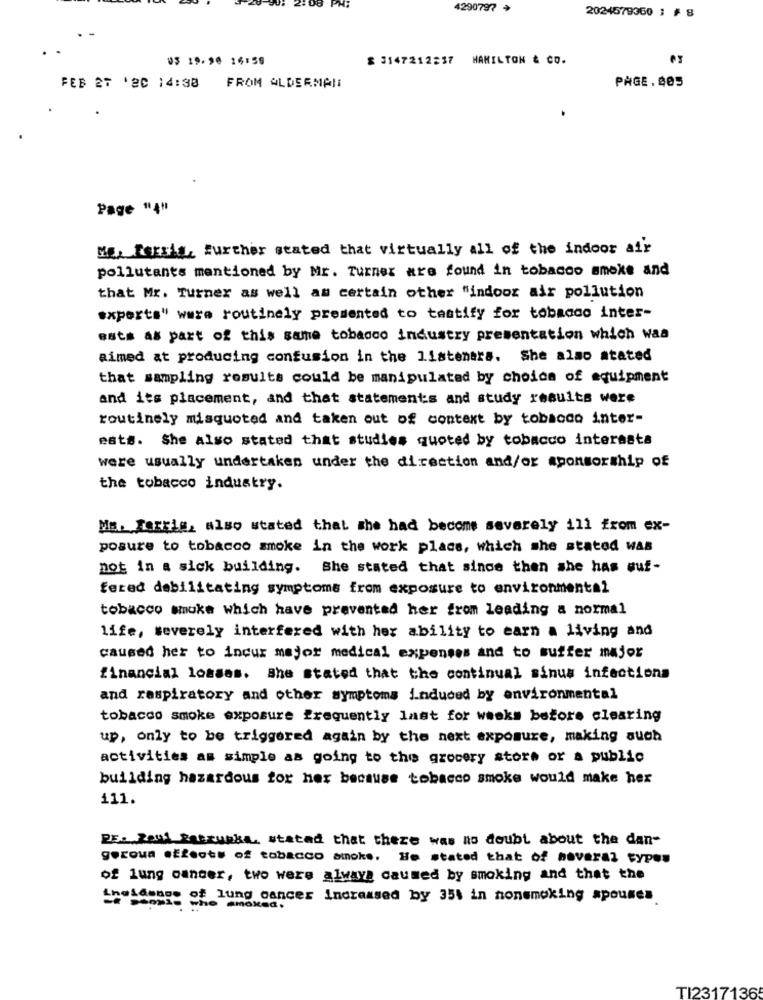
J. 2:08 PM;
4290797
2024679360 3 # 8
U$ 19.90 16:59
$ 3147212237 HAMILTON & CO.
PAGE. 405
FEB 27 '80 14:38
FROM ALDERMAN
Page "4"
Me, Fersis, further stated that virtually all of the indoor air
pollutants mentioned by Mr. Turner are found in tobacco smoke and
that Mr. Turner as well as certain other "indoor air pollution
experts" were routinely presented to testify for tobacco inter-
ests as part of this same tobacco industry presentation which was
aimed at producing confusion in the listeners. She also stated
that sampling results could be manipulated by choice of equipment
and its placement, and that statements and study results were
routinely misquoted and taken out of context by tobacco inter-
eats. She also stated that studies quoted by tobacco interests
were usually undertaken under the direction and/or sponsorship of
the tobacco industry.
Me. ferris, also stated that she had become severely ill from ex-
posure to tobacco smoke in the work place, which she stated was
not in a sick building. She stated that since then she has wuf-
fered debilitating symptoms from exposure to environmental
tobacco smoke which have prevented her from leading a normal
life, severely interfered with her ability to earn a living and
caused her to incur major medical expenses and to suffer major
financial lossas. She stated that the continual sinus infections
and respiratory and other symptoms induced by environmental
tobacco smoke exposure frequently Inst for weeks before clearing
up, only to be triggered again by the next exposure, making auch
activities as simple as going to the grocery store or a public
building hazardous for her because tobacco smoke would make her
111.
PE. Zeni Ratzupka, stated that there was no doubt about the dan-
geroua effects of tobacco amoks. He stated that of hoveraz typos
of lung cancer, two were always caused by smoking and that the
"n"idag of lung cancer increased by 354 in nonsmoking spouses
TI23171365